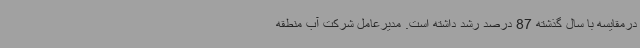
درمقایسه با سال گذشته 87 درصد رشد داشته است. مدیرعامل شرکت آب منطقه